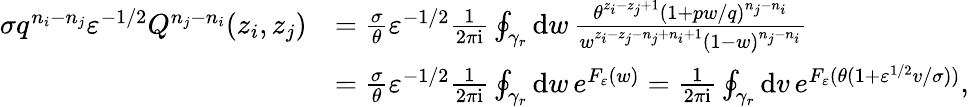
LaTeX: \begin{array}{rl}{\sigma q^{n_{i}-n_{j}}\varepsilon^{-1/2}Q^{n_{j}-n_{i}}(z_{i},z_{j})}&{=\frac{\sigma}{\theta}\varepsilon^{-1/2}\frac{1}{2\pi\mathrm{i}}\oint_{\gamma_{r}}\mathrm{d}w\, \frac{\theta^{z_{i}-z_{j}+1}(1+pw/q)^{n_{j}-n_{i}}}{w^{z_{i}-z_{j}-n_{j}+n_{i}+1}(1-w)^{n_{j}-n_{i}}}}\\ &{=\frac{\sigma}{\theta}\varepsilon^{-1/2}\frac{1}{2\pi\mathrm{i}}\oint_{\gamma_{r}}\mathrm{d}w\, e^{F_{\varepsilon}(w)}=\frac{1}{2\pi\mathrm{i}}\oint_{\gamma_{r}}\mathrm{d}v\, e^{F_{\varepsilon}(\theta(1+\varepsilon^{1/2}v/\sigma))},}\end{array}